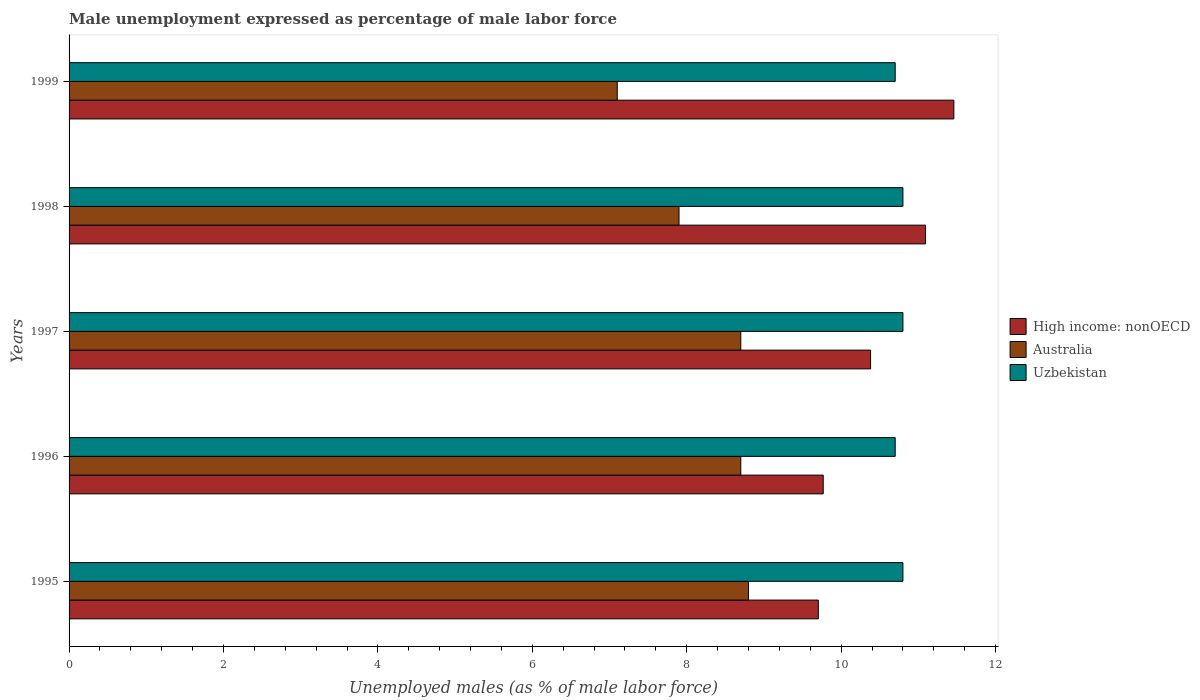
| Years | High income: nonOECD | Australia | Uzbekistan |
 | --- | --- | --- | --- |
 | 1995 | 9.7 | 8.8 | 10.8 |
 | 1996 | 9.77 | 8.7 | 10.7 |
 | 1997 | 10.4 | 8.7 | 10.8 |
 | 1998 | 11.1 | 7.9 | 10.8 |
 | 1999 | 11.5 | 7.1 | 10.7 |